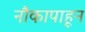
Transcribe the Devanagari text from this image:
नौकापाहून